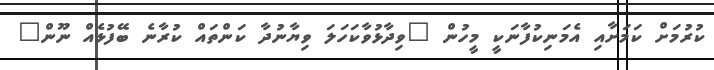
ކުރުމަށް ކަމަށާއި އެމަނިކުފާނަކީ މީހުން "ވިދާޅުވާކަހަލަ ވިޔާނުދާ ކަންތައް ކުރާނެ ބޭފުޅެއް ނޫން"